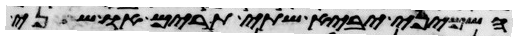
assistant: השמיני יביא שתי תרים או שני